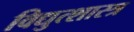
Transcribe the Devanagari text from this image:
विद्युत्शास्त्र